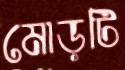
মোড়টি